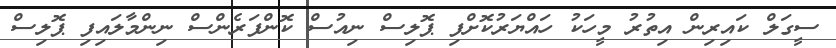
ސީގަލް ކައިރިން އިތުރު މީހަކު ހައްޔަރުކޮށްފި ޕޮލިސް ނިއުސް ކޮންފަރެންސް ނިންމާލައިފި ޕޮލިސް